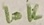
Text: 10K